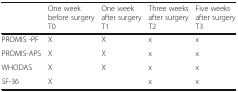
|  | One week before surgery T0 | One week after surgery T1 | Three weeks after surgery T2 | Five weeks after surgery T3 |
 | --- | --- | --- | --- | --- |
 | PROMIS -PF | X | X | x | x |
 | PROMIS-APS | X | X | x | x |
 | WHODAS | X | X | x | x |
 | SF-36 | X |  | x | x |